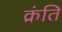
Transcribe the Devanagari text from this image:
क्रंति